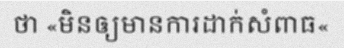
ថា «មិនឲ្យមានការដាក់សំពាធ«